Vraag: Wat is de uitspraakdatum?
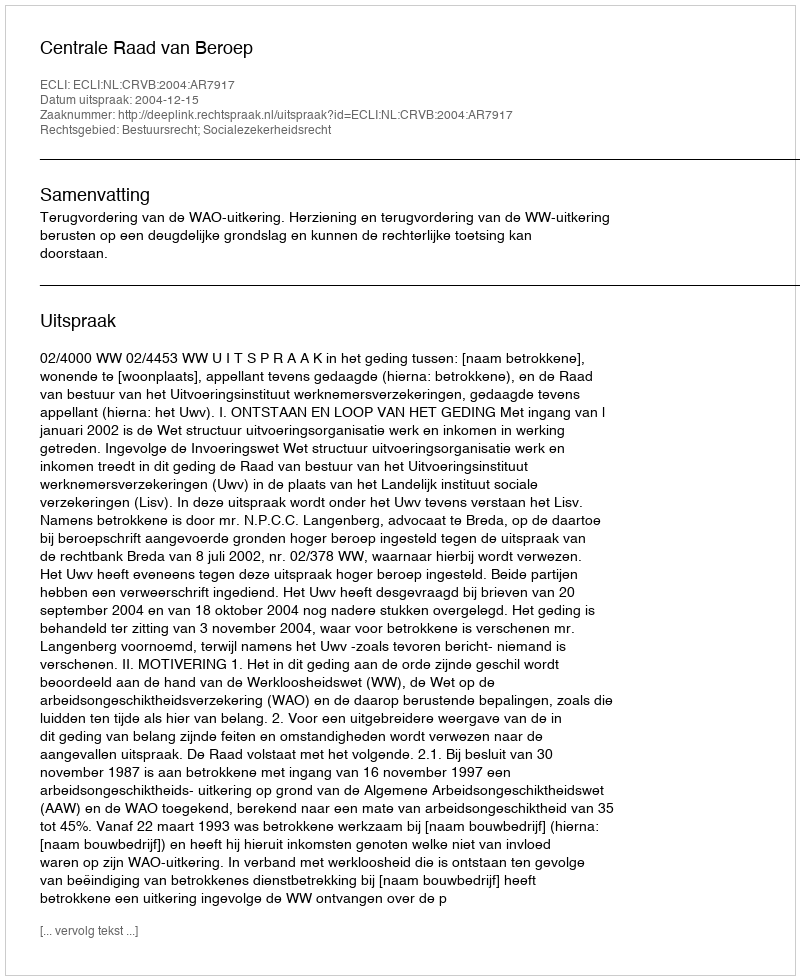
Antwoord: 2004-12-15